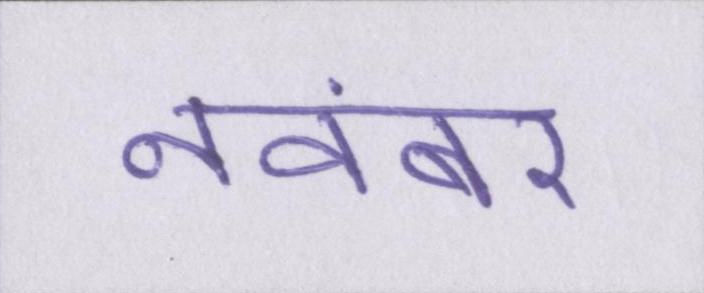
नवंबर